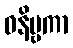
ဝနိဗ္ဗကာ